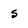
Character: S